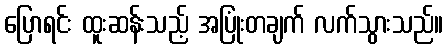
ပြောရင်း ထူးဆန်းသည့် အပြုံးတချက် လက်သွားသည်။